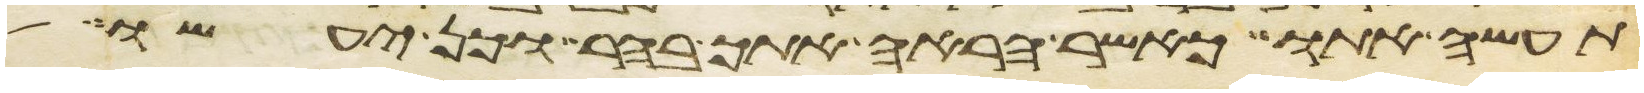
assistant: תעשה אתו כאשר הראה אתך בהר וכן יעשו